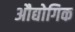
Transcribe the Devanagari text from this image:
अौद्योगिक